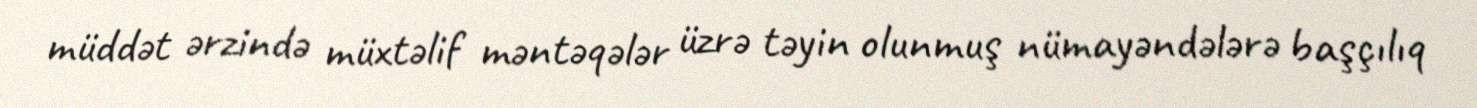
müddət ərzində müxtəlif məntəqələr üzrə təyin olunmuş nümayəndələrə başçılıq